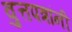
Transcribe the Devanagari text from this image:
वुत्तपत्रांनी